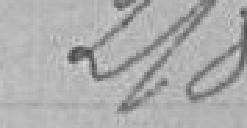
218